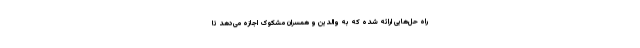
راه حل‌هایی ارائه شده که به والدین و همسران مشکوک اجازه می‌دهد تا